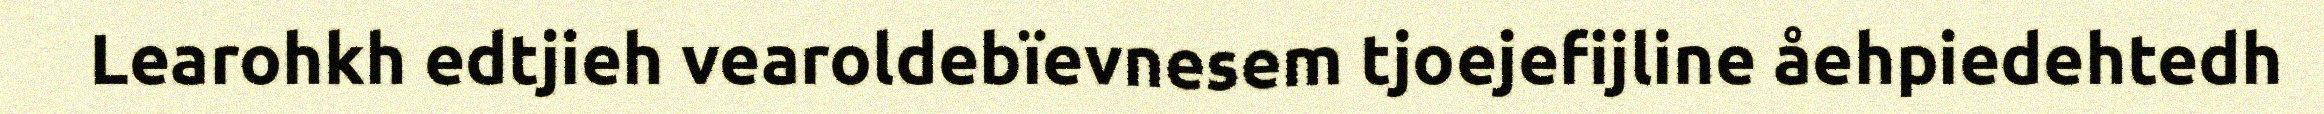
Learohkh edtjieh vearoldebïevnesem tjoejefijline åehpiedehtedh